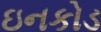
ઇનકોડ